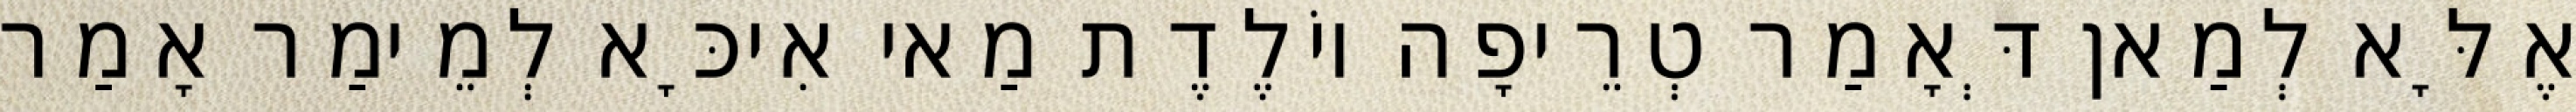
אֶלָּא לְמַאן דְּאָמַר טְרֵיפָה יוֹלֶדֶת מַאי אִיכָּא לְמֵימַר אָמַר